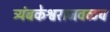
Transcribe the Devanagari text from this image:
त्र्यंबकेश्वराजवळच